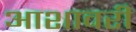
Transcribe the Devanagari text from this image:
आशावरी